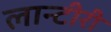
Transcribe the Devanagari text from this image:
लान्टीरी